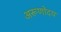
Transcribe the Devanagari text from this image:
अरूणोदय